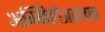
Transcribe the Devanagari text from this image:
अग्निहोत्रहवन